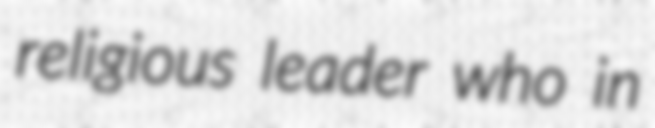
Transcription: religious leader who in